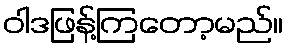
ဝါဒဖြန့်ကြတော့မည်။